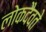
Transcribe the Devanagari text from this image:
लोकदैवते